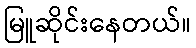
မြူဆိုင်းနေတယ်။